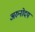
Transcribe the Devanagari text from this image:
अरुनोदय